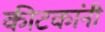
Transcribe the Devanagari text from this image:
कीटकांनी